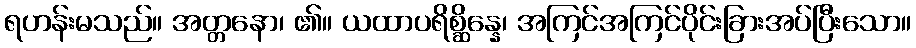
ရဟန်းမသည်။ အတ္တနော၊ ၏။ ယထာပရိစ္ဆိန္နေ၊ အကြင်အကြင်ပိုင်းခြားအပ်ပြီးသော။